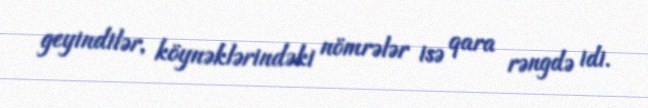
geyindilər, köynəklərindəki nömrələr isə qara rəngdə idi.